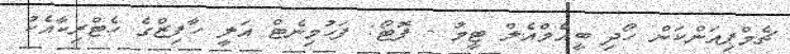
ޗެމްޕިއަންކަން ހޯދި ބީއެމްއެލް ޓީމު - ފޮޓޯ: ފަހުމިނެޓް އަލީ ހާފިޒްގެ ހެޓްރިކާއެކު